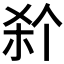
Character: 𭩭